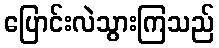
ပြောင်းလဲသွားကြသည်